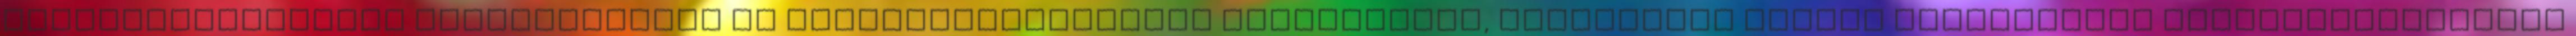
finanszírozásának megelőzésével és megakadályozásával kapcsolatos, törvényben előírt bejelentési kötelezettségének